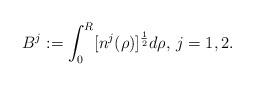
LaTeX: \begin{align*}B^j:=\int_0^R[n^j(\rho)]^{\frac{1}{2}}d\rho,\,j=1,2.\end{align*}